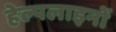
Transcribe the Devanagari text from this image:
हेल्पलाइनों